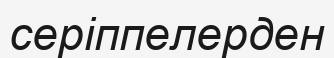
серіппелерден